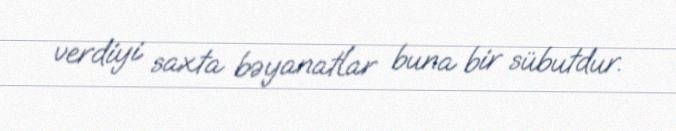
verdiyi saxta bəyanatlar buna bir sübutdur.